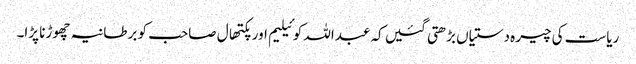
ریاست کی چیرہ دستیاں بڑھتی گئیں کہ عبداللہ کوئیلیم اور پکتھال صاحب کو برطانیہ چھوڑنا پڑا۔